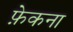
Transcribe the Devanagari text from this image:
फ़ेकना